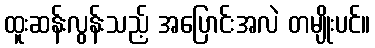
ထူးဆန်းလွန်းသည့် အပြောင်းအလဲ တမျိုးပင်။